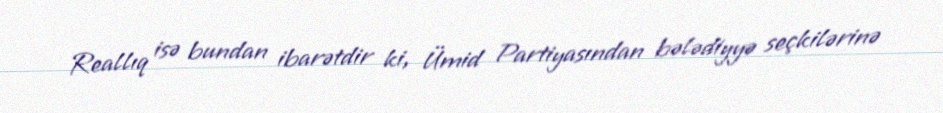
Reallıq isə bundan ibarətdir ki, Ümid Partiyasından bələdiyyə seçkilərinə